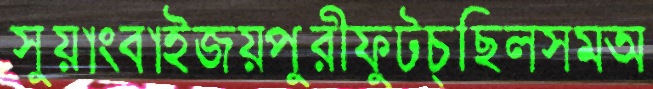
সুয়াংবাইজয়পুরীফুটচ্ছিলসমঅ